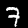
Label: 7